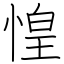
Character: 惶